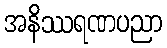
အနိဿရဏပညာ